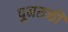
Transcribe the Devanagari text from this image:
पुनरूक्ती